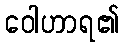
ဝေါဟာရ၏